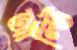
আল্টি